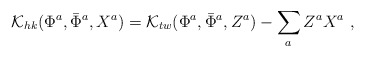
\begin{align*}{\cal K}_{hk}({\Phi}^a, {\bar \Phi}^a, X^a) ={\cal K}_{tw}({\Phi}^a, {\bar \Phi}^a, Z^a) - \sum_a Z^a X^a\ ,\end{align*}